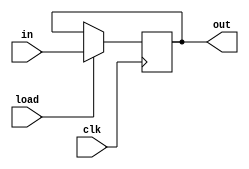
`timescale 1ns / 1ps
//////////////////////////////////////////////////////////////////////////////////
// Company: 
// Engineer: 
// 
// Design Name: 
// Module Name: register_8bit
// Project Name: 
// Target Devices: 
// Tool Versions: 
// Description: 
// 
// Dependencies: 
// 
// Revision:
// Revision 0.01 - File Created
// Additional Comments:
// 
//////////////////////////////////////////////////////////////////////////////////


module register_8bit
    (
        input       [7:0] in,
        input       clk, load,
        output reg  [7:0] out
    );
    
    always @(posedge clk) begin
        if (load) out <= in; 
        else out <= out;
    end
    
endmodule